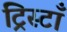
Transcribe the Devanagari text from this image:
ट्रिस्टाँ